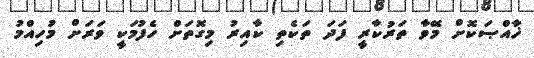
ޚާއްޞަކޮށް މޭވާ ތަރުކާރީ ފަދަ ތަކެތި ކާއިރު މިގޮތަށް ހެފުމަކީ ވަރަށް މުހިއްމު